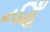
નહિઁ